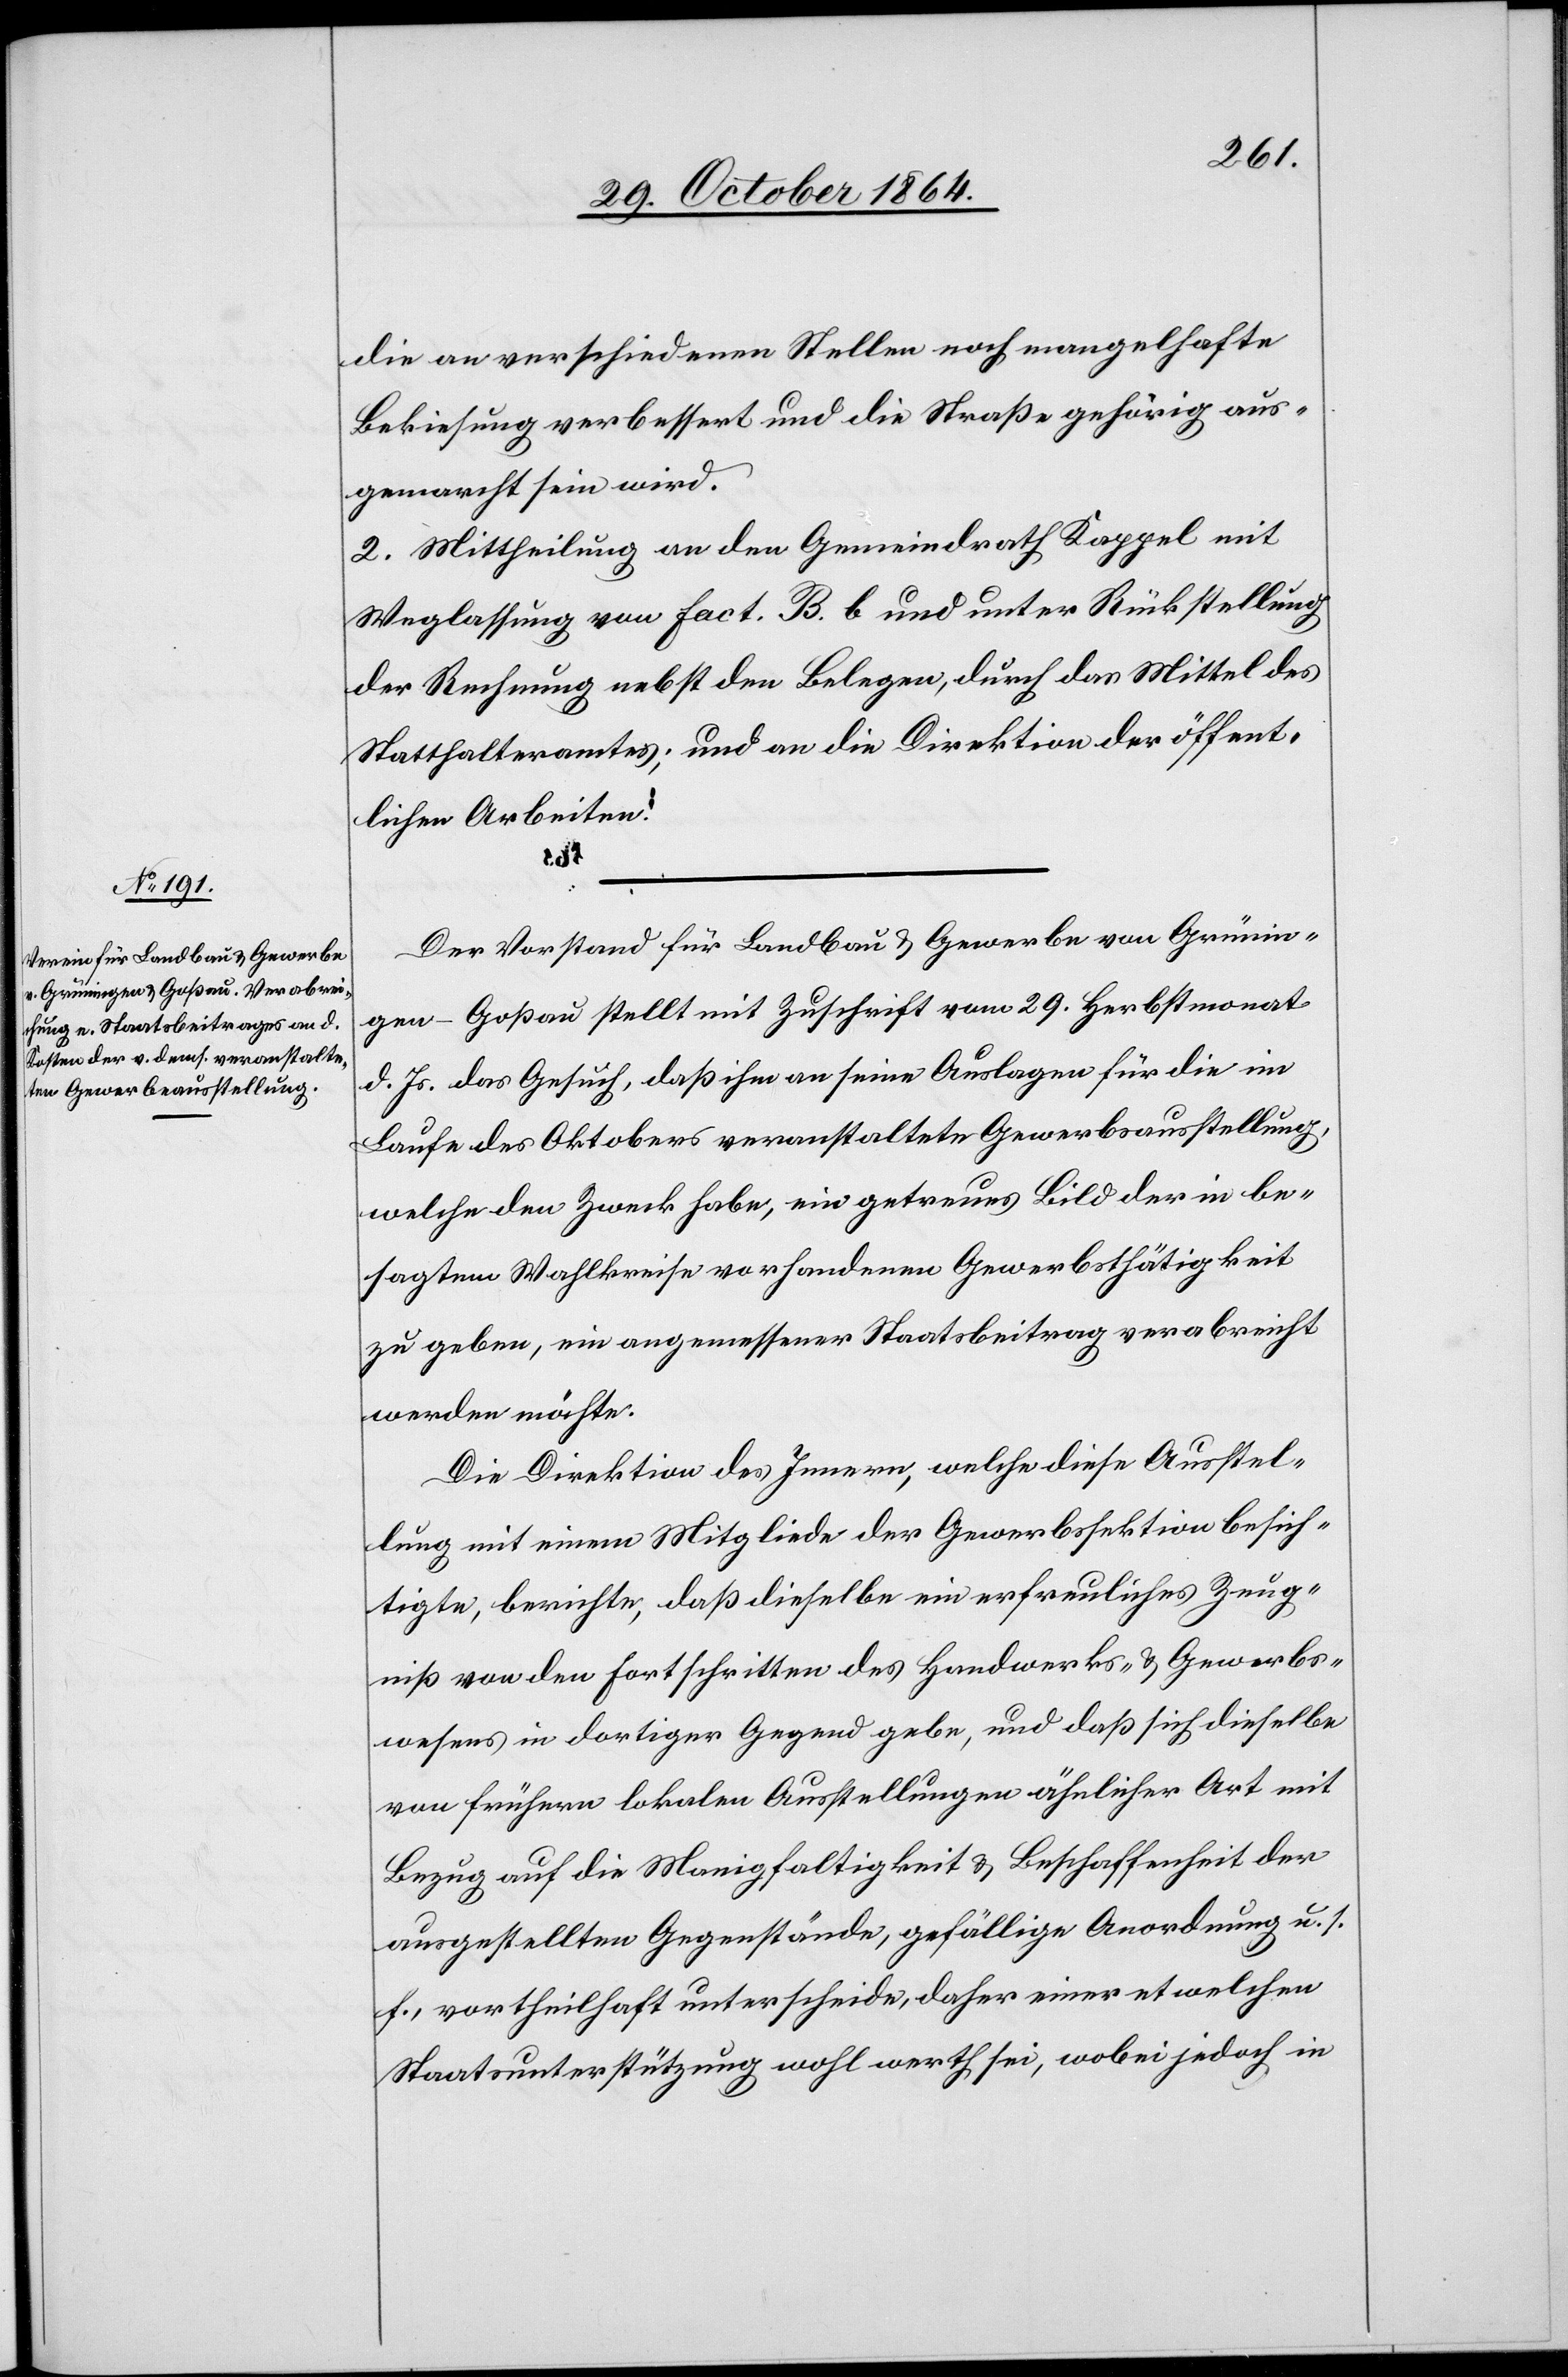
die an verschiedenen Stellen noch mangelhafte
Bekiesung verbessert und die Straße gehörig aus¬
gemacht sein wird.
2. Mittheilung an den Gemeindrath Kappel mit
Weglassung von Fact. B. b und unter Rückstellung
der Rechnung nebst den Belegen, durch das Mittel des
Statthalteramtes; und an die Direktion der öffent¬
lichen Arbeiten.
Der Vorstand für Landbau & Gewerbe von Grünin¬
gen-Goßau stellt mit Zuschrift vom 29. Herbstmonat
d. Js. das Gesuch, daß ihm an seine Auslagen für die im
Laufe des Oktobers veranstaltete Gewerbsausstellung,
welche den Zweck habe, ein getreues Bild der in be¬
sagtem Wahlkreise vorhandenen Gewerbsthätigkeit
zu geben, ein angemessener Staatsbeitrag verabreicht
werden möchte.
Die Direktion des Innern, welche diese Ausstel¬
lung mit einem Mitgliede der Gewerbssektion besich¬
tigte, berichtete, daß dieselbe ein erfreuliches Zeug¬
niß von den Fortschritten des Handwerks- & Gewerbs¬
wesens in dortiger Gegend gebe, und daß sich dieselbe
von frühern lokalen Ausstellungen ähnlicher Art mit
Bezug auf die Manigfaltigkeit & Beschaffenheit der
ausgestellten Gegenstände, gefällige Anordnung u. s.
f., vortheilhaft unterscheide, daher einer etwelchen
Staatsunterstützung wohl werth sei, wobei jedoch in